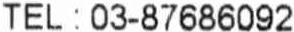
TEL : 03-87686092